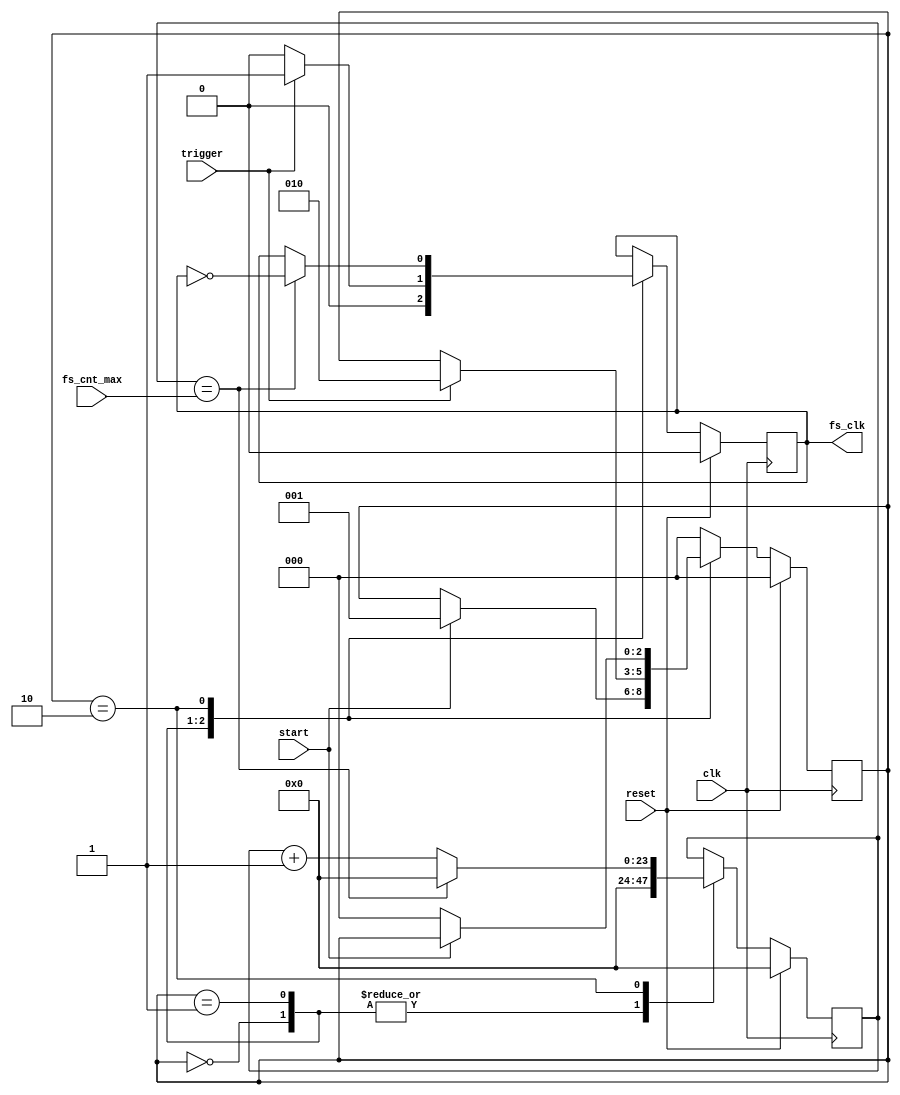
`timescale 1ns / 1ps
//////////////////////////////////////////////////////////////////////////////////
// Company: 		Yale
// 
// Design Name: 	 LCMS2010 Verilog Rev A
// Module Name:    cds_strobe_geberator 
// Project Name:   LCMS2010 Verilog Rev A
// Target Devices: XEM6010
// Tool versions:  Xilinx ISE 13.1
// Description:    creates the dac_start signal after start is pressed and the trigger is found, dac_start goes high.
//                 Expected use: when the user clicks start button, wait for next reset to trigger and then set dac_start high
// Dependencies:   none
//
// Revision: 
// Revision 0.01 - File Created
// Additional Comments: 
//
//////////////////////////////////////////////////////////////////////////////////
module fs_clk_generator(
    input clk,			   //s clock expected
    input reset,		   //s reset expected
	 input start,			//the start signal synced to s clock expected
	 input trigger,	   //the trigger synced to s clock to look for before setting dac_start high, usually the reset pulse (ie when integrator reset starts)
	 input [23:0] fs_cnt_max,  //max value of the sampling clock counter before resetting based on clk
	 output fs_clk		//this goes high when we are ready to write to the dac, aka just after the reset
    );

reg [0:2] state;
	reg fs_clk_r;   			//user selected sampling frequency for adc and dac
	reg[23:0] fs_cnt;		   // counter to create the fs_clk
//	wire [23:0] fs_cnt_max;	//max value of the counter before toggling fs_clk

//parameter s_reset = 2'b00;
parameter s_wait_for_start			= 2'b00;
parameter s_wait_for_trig_high	= 2'b01;
parameter s_wait_for_stop 			= 2'b10;

assign fs_clk = fs_clk_r;

//always @ (posedge clk or posedge reset) begin

	always @ (posedge clk) begin //posedge because we are looking for the rising edge of the trigger 
		if (reset) begin
				fs_clk_r <= 0;
				fs_cnt <= 0;
				state <= s_wait_for_start;
		end
		else begin
			case(state)								
				s_wait_for_start : begin
								fs_clk_r <= 0;
								fs_cnt <= 0;
								if(1 == start) begin
									state <= s_wait_for_trig_high;
								end
							end
								
				s_wait_for_trig_high :	begin
								fs_cnt <= 0;
								fs_clk_r <= 0; //turn the clock high
								if(1 == trigger) begin
									state <= s_wait_for_stop;
									fs_clk_r <= 1; //turn the clock high
								end
							end

				s_wait_for_stop : begin
								if(0 == start) begin
									state <= s_wait_for_start;
									fs_cnt <= 0;
								end
								
							//	create slow sampling clock as user requests
								fs_cnt <= fs_cnt + 1;
								if (fs_cnt == fs_cnt_max) begin
											fs_clk_r <= !fs_clk_r; //toggle the fs_clk 
											fs_cnt <= 0;
								end
							end
							
				default: state <= s_wait_for_start;
				
			endcase
		end
	end
endmodule